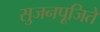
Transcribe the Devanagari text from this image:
सुजनपूजिते